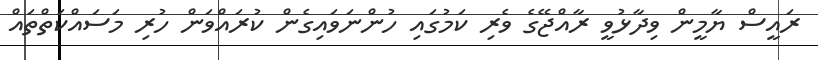
ރައީސް ޔާމީން ވިދާޅުވީ ރާއްޖޭގެ ވެރި ކަމުގައި ހުންނަވައިގެން ކުރައްވަން ހުރި މަސައްކަތްތައް